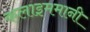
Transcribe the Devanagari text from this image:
कलाइममानी